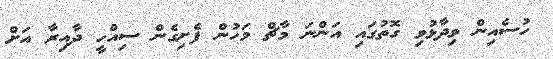
ހުސެއިން ވިދާޅުވި ގޮތުގައި އަންނަ މާޗް މަހުން ފެށިގެން ސިއްހީ ދާއިރާ އަށް